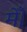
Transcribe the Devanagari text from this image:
मेँ।